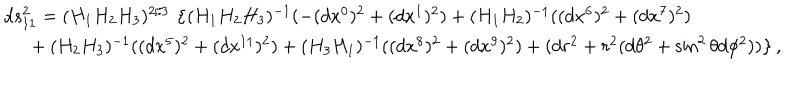
\begin{array} { l } { { d s _ { 1 1 } ^ { 2 } = ( H _ { 1 } H _ { 2 } H _ { 3 } ) ^ { 2 / 3 } \, \left\{ ( H _ { 1 } H _ { 2 } H _ { 3 } ) ^ { - 1 } ( - ( d x ^ { 0 } ) ^ { 2 } + ( d x ^ { 1 } ) ^ { 2 } ) + ( H _ { 1 } H _ { 2 } ) ^ { - 1 } ( ( d x ^ { 6 } ) ^ { 2 } + ( d x ^ { 7 } ) ^ { 2 } ) \right. } } \\ { { \left. ~ ~ + ( H _ { 2 } H _ { 3 } ) ^ { - 1 } ( ( d x ^ { 5 } ) ^ { 2 } + ( d x ^ { 1 1 } ) ^ { 2 } ) + ( H _ { 3 } H _ { 1 } ) ^ { - 1 } ( ( d x ^ { 8 } ) ^ { 2 } + ( d x ^ { 9 } ) ^ { 2 } ) + ( d r ^ { 2 } + r ^ { 2 } ( d \theta ^ { 2 } + \sin ^ { 2 } \theta d \phi ^ { 2 } ) ) \right\} , } } \\ \end{array}